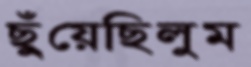
ছুঁয়েছিলুম